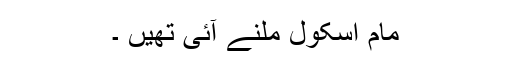
مام اسکول ملنے آئی تھیں ۔